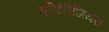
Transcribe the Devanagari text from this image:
यूरिटेरिजियस